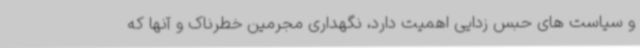
و سیاست های حبس زدایی اهمیت دارد، نگهداری مجرمین خطرناک و آنها که